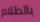
بالظلام